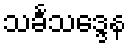
သင်္ခသဒ္ဒေန